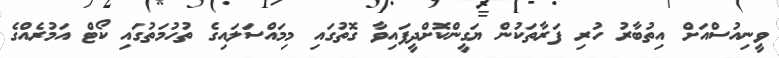
ވީނިއުސްއަށް އިތުބާރު ހުރި ފަރާތަކުން ޔަގީންކޮށްދީފައިވާ ގޮތުގައި މިމައްސަލައިގެ ތުހުމަތުގައި ކޯޓް އަމުރެއްގެ